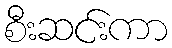
စီးဆင်းကာ